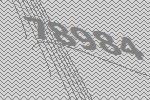
78984